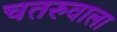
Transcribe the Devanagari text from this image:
चतरुवाला